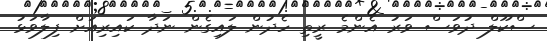
ސްކޫލް ދުވަސް ވަރު އެންމެ ރީތި ހެދުން ލައިގެން ނަދާ ކައިރިއަށް ފިލާވަޅު